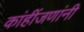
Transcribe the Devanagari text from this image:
कांहींजणांनी